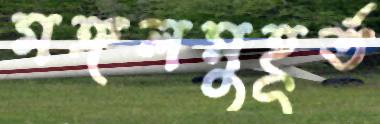
মঙ্গলমুহূর্ত